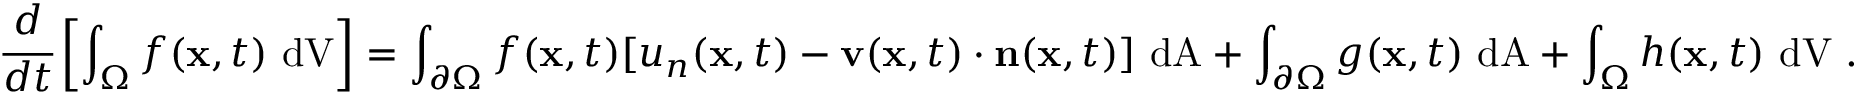
{ \cfrac { d } { d t } } \left[ \int _ { \Omega } f ( \mathbf { x } , t ) ~ { \mathrm { d V } } \right] = \int _ { \partial \Omega } f ( \mathbf { x } , t ) [ u _ { n } ( \mathbf { x } , t ) - \mathbf { v } ( \mathbf { x } , t ) \cdot \mathbf { n } ( \mathbf { x } , t ) ] ~ { \mathrm { d A } } + \int _ { \partial \Omega } g ( \mathbf { x } , t ) ~ { \mathrm { d A } } + \int _ { \Omega } h ( \mathbf { x } , t ) ~ { \mathrm { d V } } ~ .